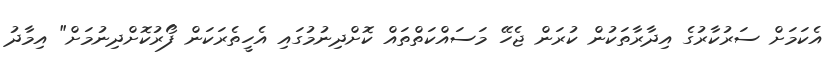
އެކަމަށް ސަރުކާރުގެ އިދާރާތަކުން ކުރަން ޖެހޭ މަސައްކަތްތައް ކޮށްދިނުމުގައި އެހީތެރަކަން ފޯރުކޮށްދިނުމަށް" އިމާދު